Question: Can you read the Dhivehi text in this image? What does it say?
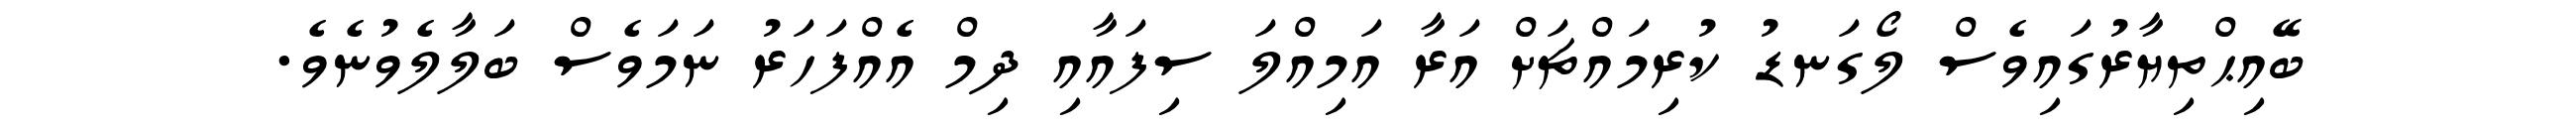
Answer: ބޭއިޙްތިޔާރުގައިވެސް ލޯގަނޑު ކުރިމައްޗަށް އަރާ އަމިއްލަ ސިފައާއި ދިމް އެއްފަހަރު ނަމަވެސް ބަލާލެވުނެވެ.